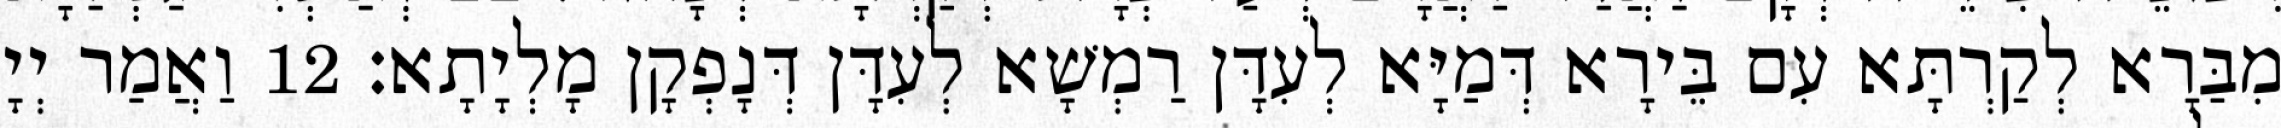
מִבַּרָא לְקַרְתָּא עִם בֵּירָא דְּמַיָּא לְעִדָּן רַמְשָׁא לְעִדָּן דְּנָפְקָן מָלְיָתָא׃ 12 וַאֲמַר יְיָ